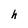
Character: h